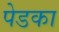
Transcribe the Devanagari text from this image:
पेडका